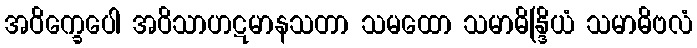
အဝိက္ခေပေါ အဝိသာဟဋမာနသတာ သမထော သမာဓိန္ဒြိယံ သမာဓိဗလံ